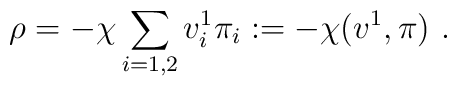
\rho = - \chi \sum_{i=1,2}v^1_i \pi_i := - \chi (v^1,\pi) \ .